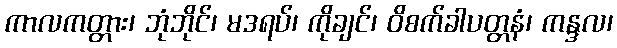
ကာလကတ္တား၊ ဘုံဘိုင်၊ မဒရပ်၊ ကိုချင်၊ ဝိစက်ခါပတ္တနံ၊ ကန္ဒလ၊